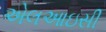
એલઆઇસી